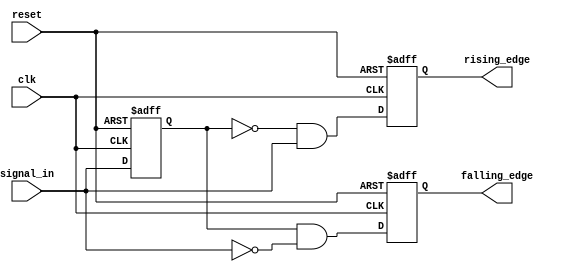
module glitch_free_edge_detector (
    input wire clk,               // Clock signal
    input wire reset,             // Reset signal
    input wire signal_in,         // Input signal to detect edges
    output reg rising_edge,       // Output signal for rising edge detection
    output reg falling_edge       // Output signal for falling edge detection
);

    // Memory blocks to store previous states
    reg prev_state;               // Stores the last stable value of signal_in
    reg prev_prev_state;          // Stores the value before prev_state

    // Sequential logic for edge detection
    always @(posedge clk or posedge reset) begin
        if (reset) begin
            // Initialize states on reset
            prev_state <= 1'b0;
            prev_prev_state <= 1'b0;
            rising_edge <= 1'b0;
            falling_edge <= 1'b0;
        end else begin
            // Update previous states
            prev_prev_state <= prev_state;
            prev_state <= signal_in;

            // Edge detection logic
            rising_edge <= (prev_state == 1'b0 && signal_in == 1'b1);
            falling_edge <= (prev_state == 1'b1 && signal_in == 1'b0);
        end
    end

endmodule